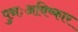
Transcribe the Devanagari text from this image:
पुनःअविष्कार